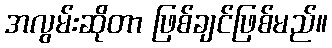
အလွမ်းဆိုတာ ဖြစ်ချင်ဖြစ်မည်။